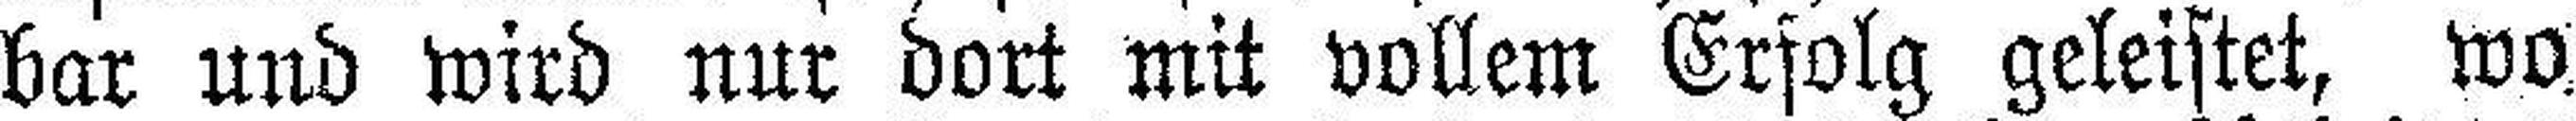
bar und wird nur dort mit vollem Erfolg geleistet, wo